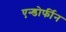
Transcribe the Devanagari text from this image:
एन्डोर्फीन